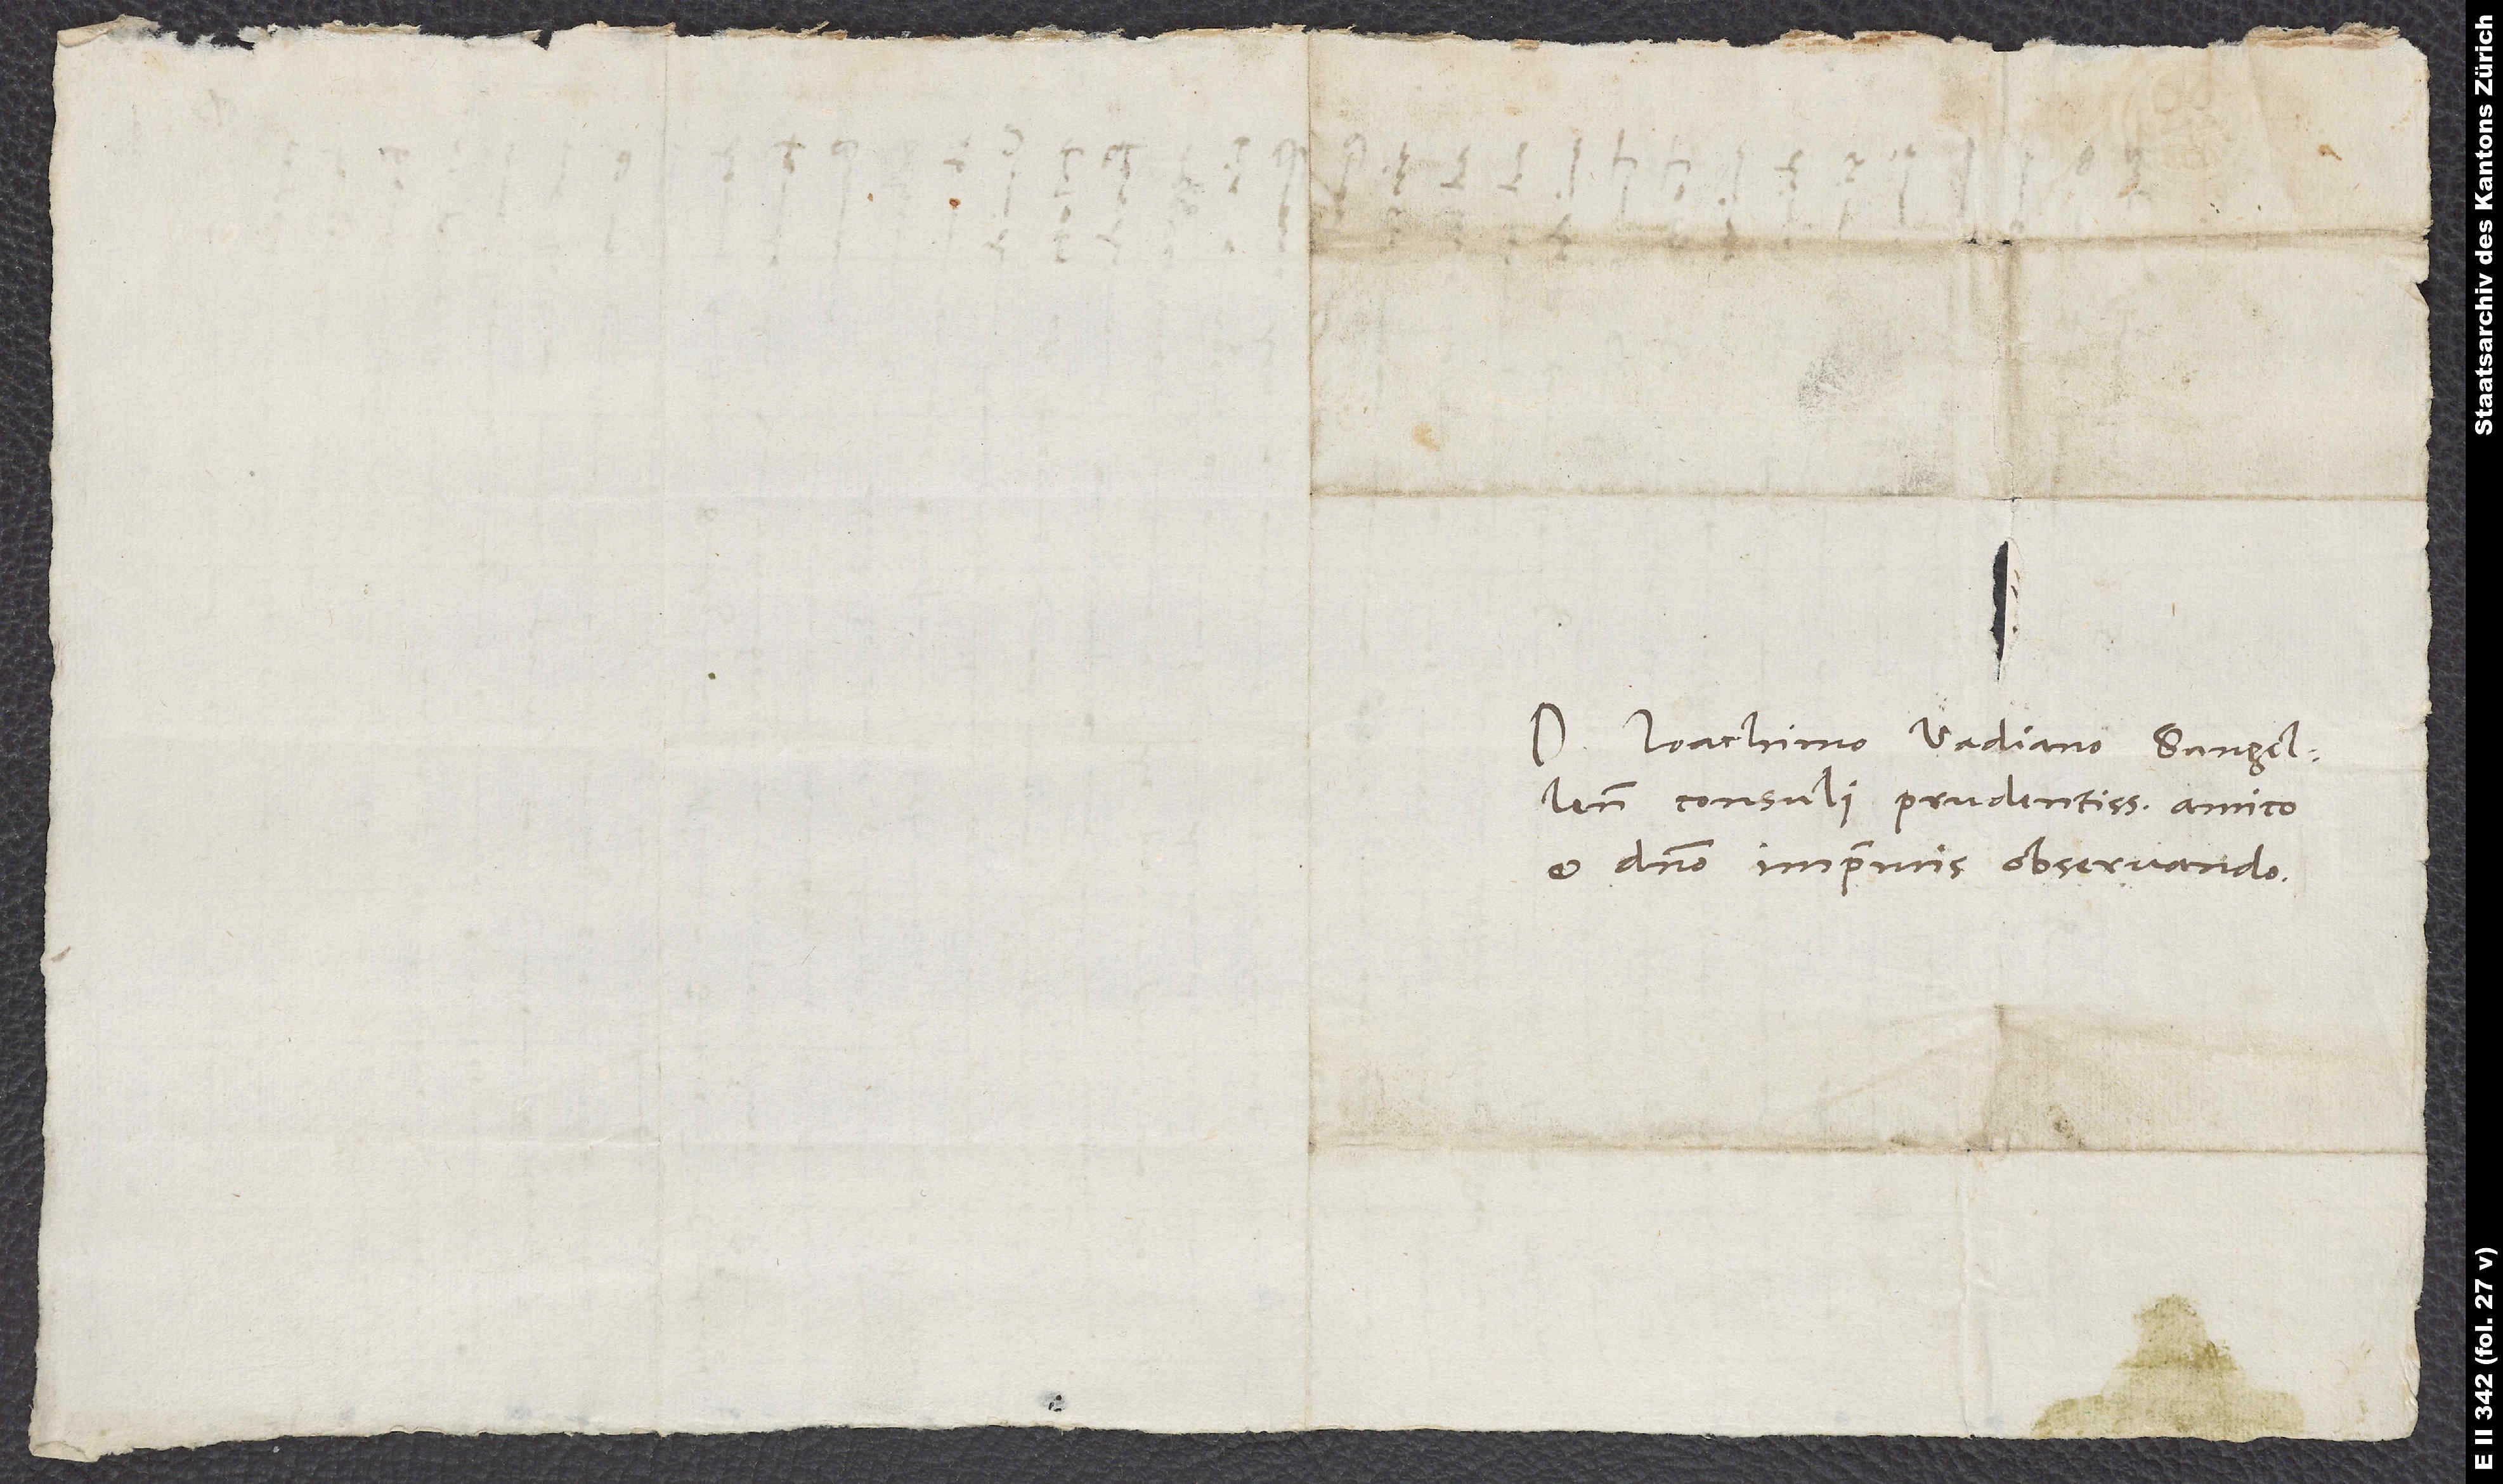
S.

Doctori Ioachimo Vadiano, Sangallensi
consuli prudentissimo, amico
et domino imprimis observando.